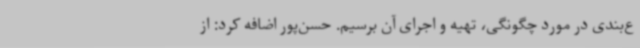
ع‌بندی در مورد چگونگی، تهیه و اجرای آن برسیم. حسن‌پور اضافه کرد: از